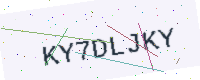
Text: KY7DLJKY